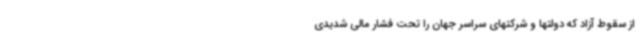
از سقوط آزاد که دولتها و شرکتهای سراسر جهان را تحت فشار مالی شدیدی